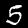
Label: 5